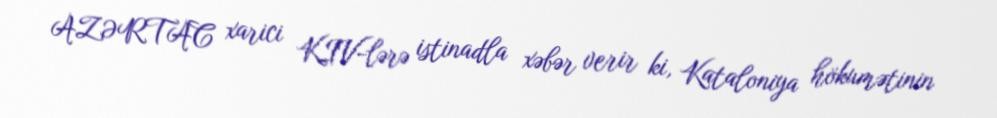
AZƏRTAC xarici KIV-lərə istinadla xəbər verir ki, Kataloniya hökumətinin